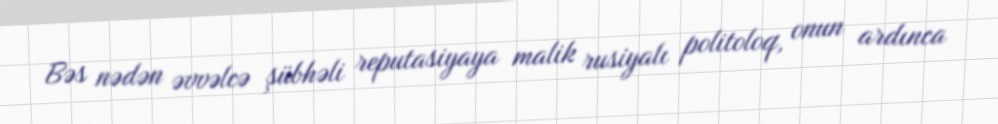
Bəs nədən əvvəlcə şübhəli reputasiyaya malik rusiyalı politoloq, onun ardınca